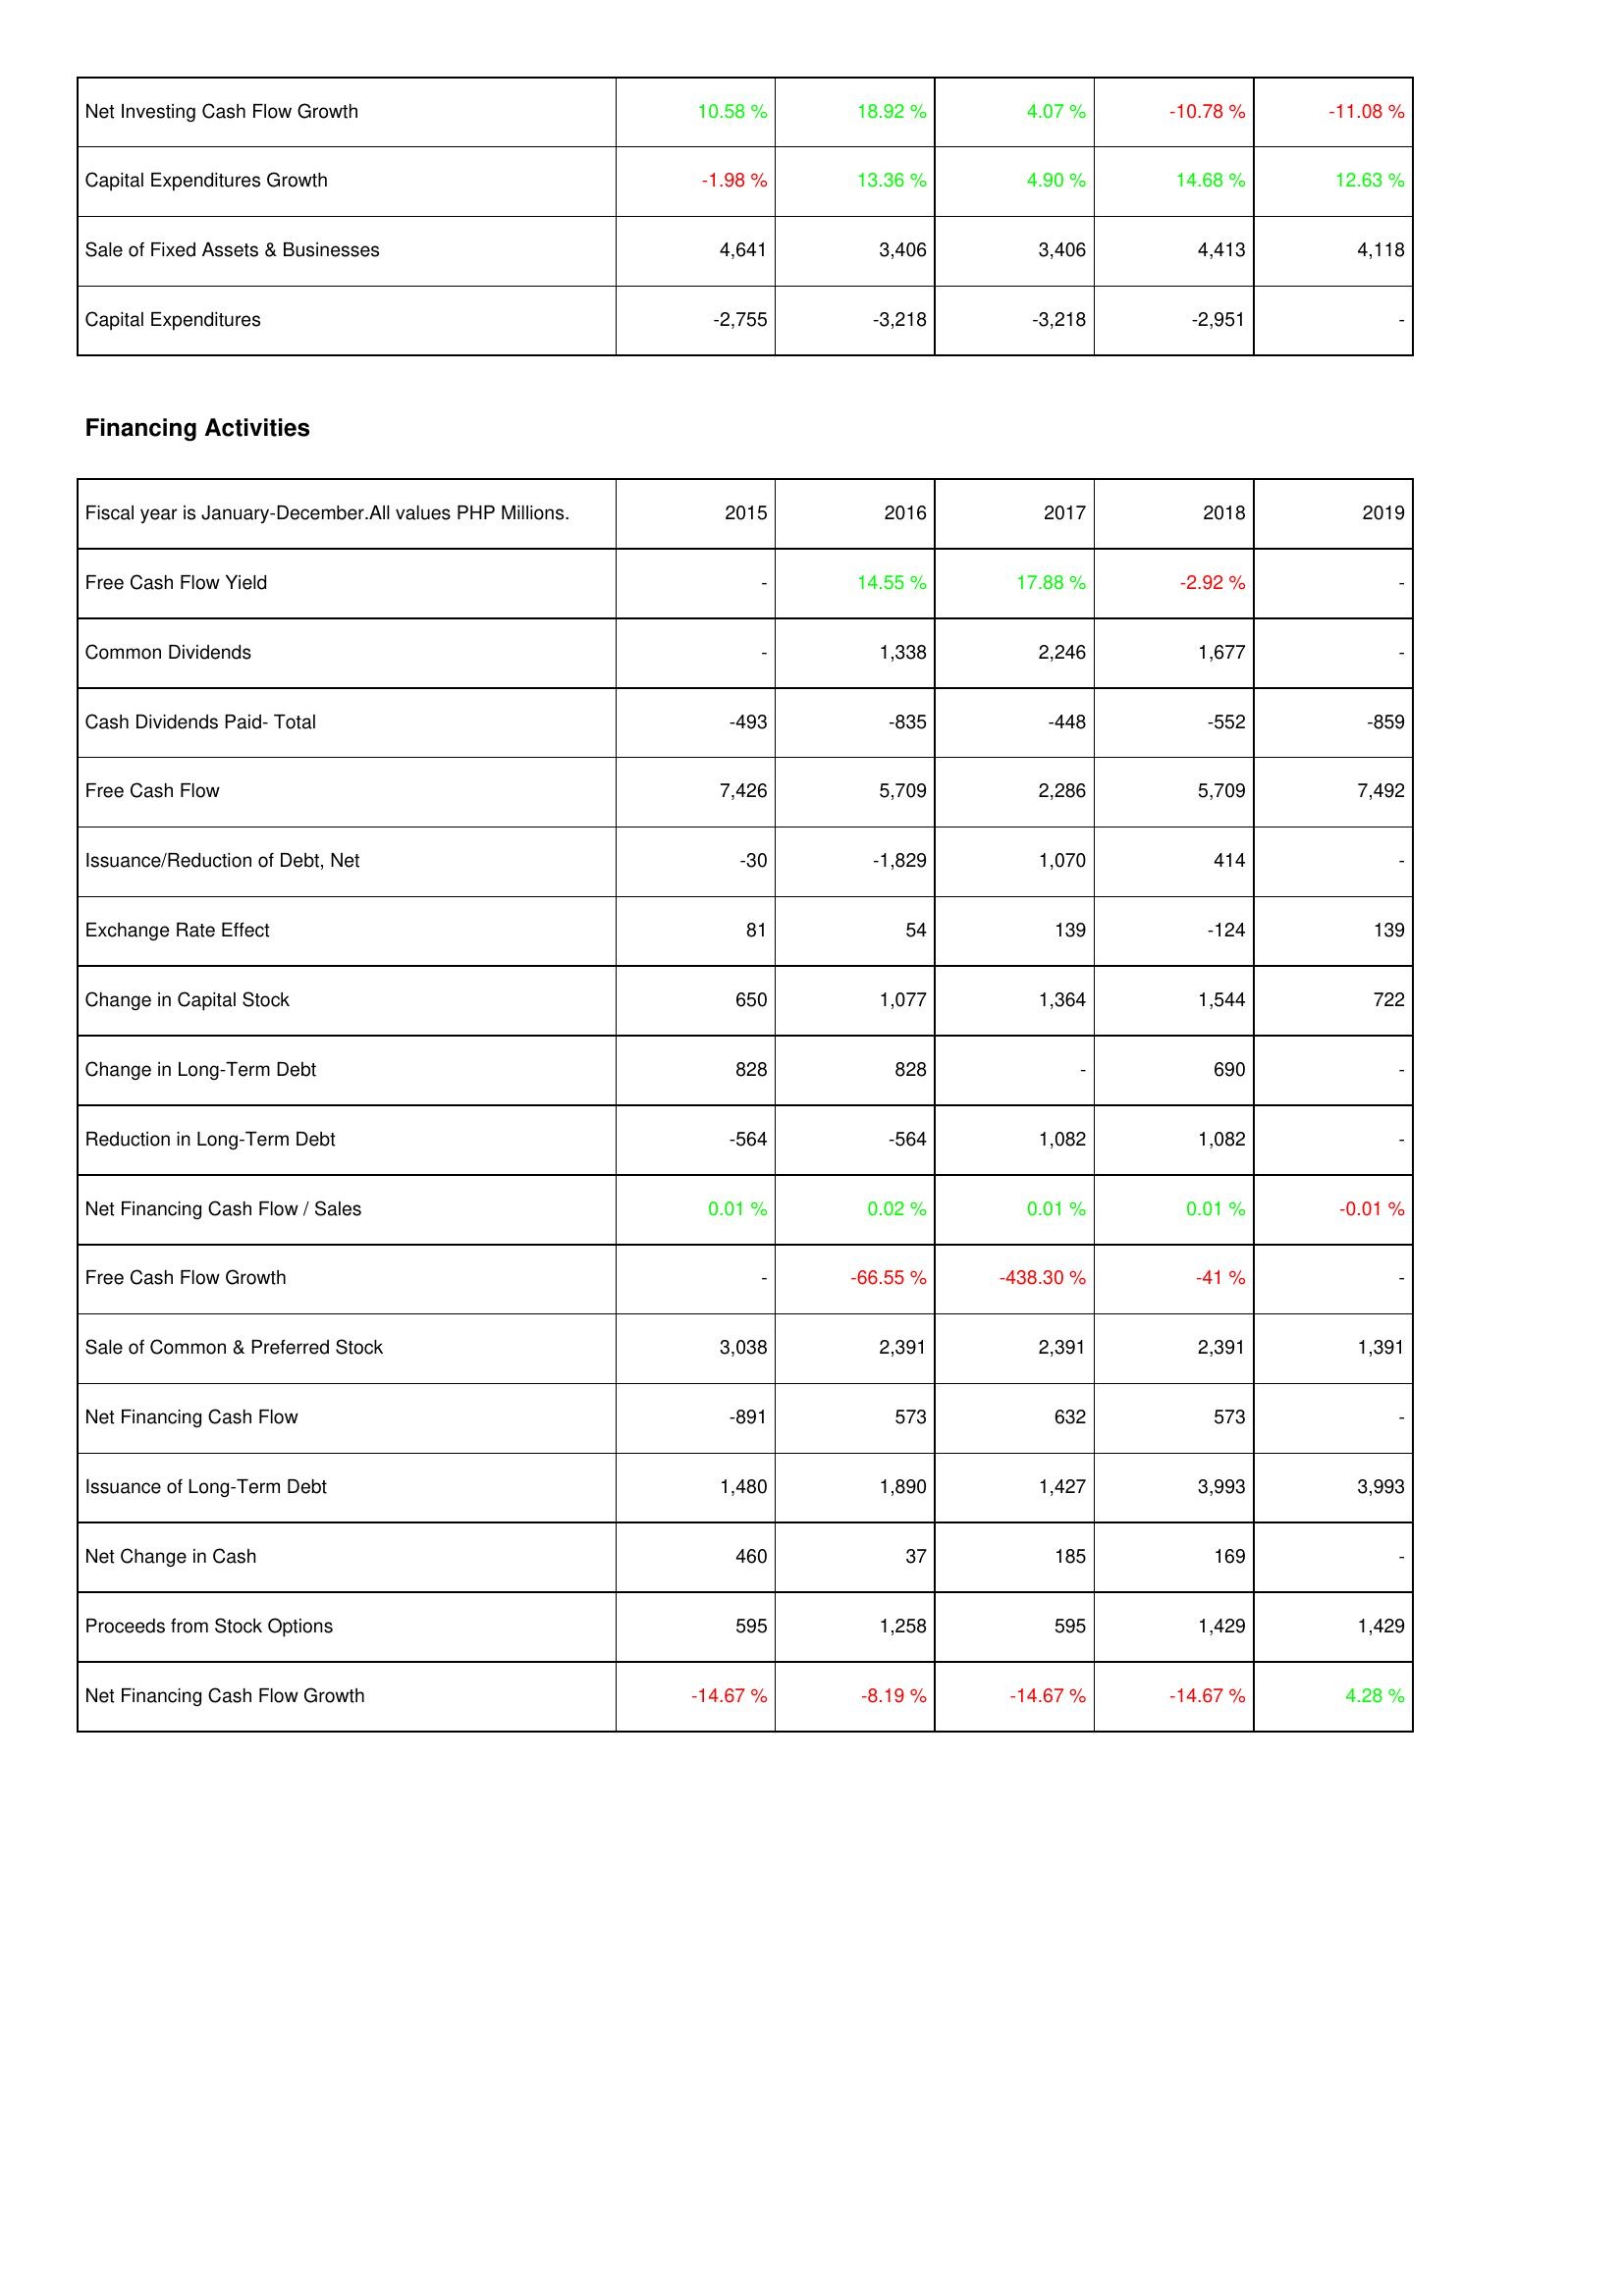
2015: Investing Activities: Net Investing Cash Flow Growth: 10.58 %
Capital Expenditures Growth: -1.98 %
Sale of Fixed Assets & Businesses: 4,641
Capital Expenditures: -2,755
Financing Activities: Free Cash Flow Yield: -
Common Dividends: -
Cash Dividends Paid- Total: -493
Free Cash Flow: 7,426
Issuance/Reduction of Debt, Net: -30
Exchange Rate Effect: 81
Change in Capital Stock: 650
Change in Long-Term Debt: 828
Reduction in Long-Term Debt: -564
Net Financing Cash Flow / Sales: 0.01 %
Free Cash Flow Growth: -
Sale of Common & Preferred Stock: 3,038
Net Financing Cash Flow: -891
Issuance of Long-Term Debt: 1,480
Net Change in Cash: 460
Proceeds from Stock Options: 595
Net Financing Cash Flow Growth: -14.67 %
2016: Investing Activities: Net Investing Cash Flow Growth: 18.92 %
Capital Expenditures Growth: 13.36 %
Sale of Fixed Assets & Businesses: 3,406
Capital Expenditures: -3,218
Financing Activities: Free Cash Flow Yield: 14.55 %
Common Dividends: 1,338
Cash Dividends Paid- Total: -835
Free Cash Flow: 5,709
Issuance/Reduction of Debt, Net: -1,829
Exchange Rate Effect: 54
Change in Capital Stock: 1,077
Change in Long-Term Debt: 828
Reduction in Long-Term Debt: -564
Net Financing Cash Flow / Sales: 0.02 %
Free Cash Flow Growth: -66.55 %
Sale of Common & Preferred Stock: 2,391
Net Financing Cash Flow: 573
Issuance of Long-Term Debt: 1,890
Net Change in Cash: 37
Proceeds from Stock Options: 1,258
Net Financing Cash Flow Growth: -8.19 %
2017: Investing Activities: Net Investing Cash Flow Growth: 4.07 %
Capital Expenditures Growth: 4.90 %
Sale of Fixed Assets & Businesses: 3,406
Capital Expenditures: -3,218
Financing Activities: Free Cash Flow Yield: 17.88 %
Common Dividends: 2,246
Cash Dividends Paid- Total: -448
Free Cash Flow: 2,286
Issuance/Reduction of Debt, Net: 1,070
Exchange Rate Effect: 139
Change in Capital Stock: 1,364
Change in Long-Term Debt: -
Reduction in Long-Term Debt: 1,082
Net Financing Cash Flow / Sales: 0.01 %
Free Cash Flow Growth: -438.30 %
Sale of Common & Preferred Stock: 2,391
Net Financing Cash Flow: 632
Issuance of Long-Term Debt: 1,427
Net Change in Cash: 185
Proceeds from Stock Options: 595
Net Financing Cash Flow Growth: -14.67 %
2018: Investing Activities: Net Investing Cash Flow Growth: -10.78 %
Capital Expenditures Growth: 14.68 %
Sale of Fixed Assets & Businesses: 4,413
Capital Expenditures: -2,951
Financing Activities: Free Cash Flow Yield: -2.92 %
Common Dividends: 1,677
Cash Dividends Paid- Total: -552
Free Cash Flow: 5,709
Issuance/Reduction of Debt, Net: 414
Exchange Rate Effect: -124
Change in Capital Stock: 1,544
Change in Long-Term Debt: 690
Reduction in Long-Term Debt: 1,082
Net Financing Cash Flow / Sales: 0.01 %
Free Cash Flow Growth: -41 %
Sale of Common & Preferred Stock: 2,391
Net Financing Cash Flow: 573
Issuance of Long-Term Debt: 3,993
Net Change in Cash: 169
Proceeds from Stock Options: 1,429
Net Financing Cash Flow Growth: -14.67 %
2019: Investing Activities: Net Investing Cash Flow Growth: -11.08 %
Capital Expenditures Growth: 12.63 %
Sale of Fixed Assets & Businesses: 4,118
Capital Expenditures: -
Financing Activities: Free Cash Flow Yield: -
Common Dividends: -
Cash Dividends Paid- Total: -859
Free Cash Flow: 7,492
Issuance/Reduction of Debt, Net: -
Exchange Rate Effect: 139
Change in Capital Stock: 722
Change in Long-Term Debt: -
Reduction in Long-Term Debt: -
Net Financing Cash Flow / Sales: -0.01 %
Free Cash Flow Growth: -
Sale of Common & Preferred Stock: 1,391
Net Financing Cash Flow: -
Issuance of Long-Term Debt: 3,993
Net Change in Cash: -
Proceeds from Stock Options: 1,429
Net Financing Cash Flow Growth: 4.28 %